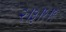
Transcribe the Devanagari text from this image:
२।३।१।९